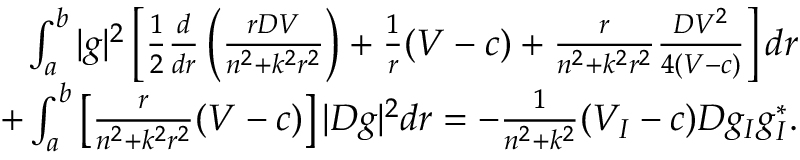
\begin{array} { r } { \int _ { a } ^ { b } | g | ^ { 2 } \left[ \frac { 1 } { 2 } \frac { d } { d r } \left( \frac { r D V } { n ^ { 2 } + k ^ { 2 } r ^ { 2 } } \right) + \frac { 1 } { r } ( V - c ) + \frac { r } { n ^ { 2 } + k ^ { 2 } r ^ { 2 } } \frac { D V ^ { 2 } } { 4 ( V - c ) } \right] d r } \\ { + \int _ { a } ^ { b } \left[ \frac { r } { n ^ { 2 } + k ^ { 2 } r ^ { 2 } } ( V - c ) \right] | D g | ^ { 2 } d r = - \frac { 1 } { n ^ { 2 } + k ^ { 2 } } ( V _ { I } - c ) D g _ { I } g _ { I } ^ { * } . } \end{array}